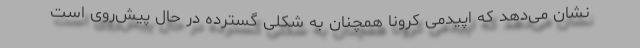
نشان می‌دهد که اپیدمی کرونا همچنان به شکلی گسترده در حال پیش‌روی است